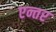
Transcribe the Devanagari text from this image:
एन्तर